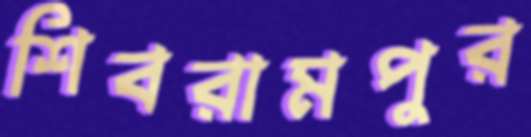
শিবরামপুর